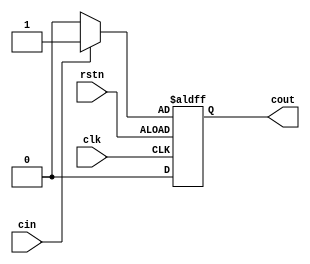
module edge_detect(
 input clk, 
 input rstn,
 input cin,
 output reg cout
);

always@(posedge clk or posedge rstn) 
begin
 if(!rstn)
  cout <= 0;
 else cout = cin ? 1 : 0 ;
end 

endmodule